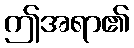
ဤအရာ၏